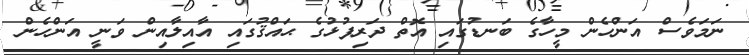
ނަމަވެސް އަންހެން މީހާގެ ބަނޑުގައި އޮތް ދަރިފުޅުގެ ޙައްޤުގައި އާއިލާއިން ވަނީ އަންހެން